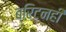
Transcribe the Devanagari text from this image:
ब्रिटनही